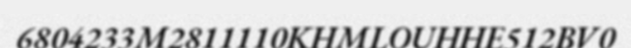
6804233M2811110KHMLOUHHE512BV0